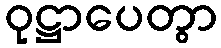
ဝုဋ္ဌာပေတွာ